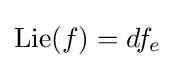
\operatorname {Lie} (f)=df_{e}